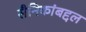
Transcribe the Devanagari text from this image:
सैनिकांबद्दल